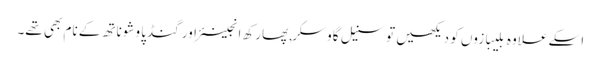
اسکے علاوہ بلیبازوں کو دیکھیں تو سنیل گاوسکر,پھارکھ انجینئر اور گنڈپا وشوناتھ کے نام بھی تھے۔